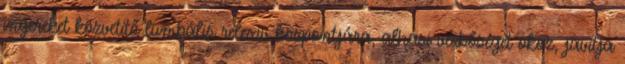
ingereket közvetítő lumbális relexív központjára, alhasi vérbőséget okoz, javítja